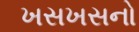
ખસખસનો